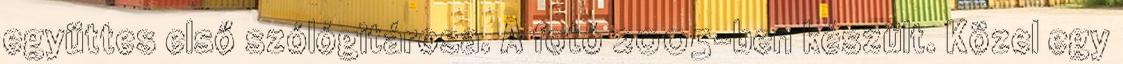
együttes első szólógitárosa. A fotó 2005-ben készült. Közel egy